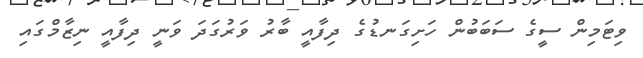
ވިޓަމިން ސީގެ ސަބަބުން ހަށިގަނޑުގެ ދިފާއީ ބާރު ވަރުގަދަ ވަނީ ދިފާއީ ނިޒާމްގައި